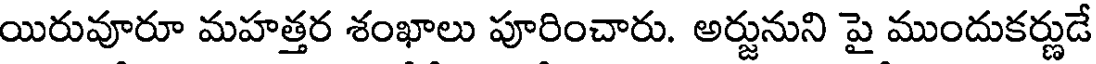
యిరువూరూ మహత్తర శంఖాలు పూరించారు. అర్జునుని పై ముందుకర్ణుడే